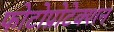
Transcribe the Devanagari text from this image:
फोटोप्रोटेक्शन